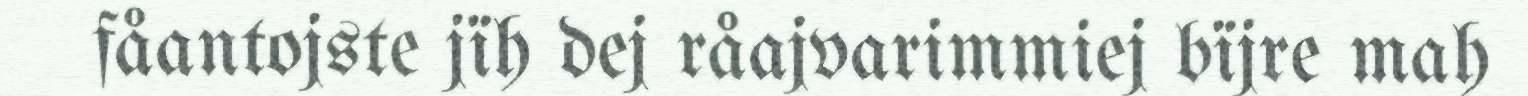
fåantojste jïh dej råajvarimmiej bïjre mah